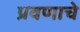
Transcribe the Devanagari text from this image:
प्रवणाचे